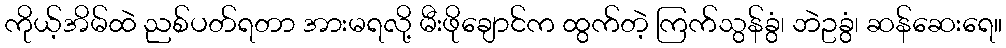
ကိုယ့်အိမ်ထဲ ညစ်ပတ်ရတာ အားမရလို့ မီးဖိုချောင်က ထွက်တဲ့ ကြက်သွန်ခွံ၊ ဘဲဥခွံ၊ ဆန်ဆေးရေ။